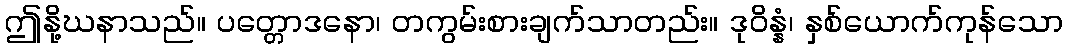
ဤနို့ဃနာသည်။ ပတ္တောဒနော၊ တကွမ်းစားချက်သာတည်း။ ဒုဝိန္နံ၊ နှစ်ယောက်ကုန်သော